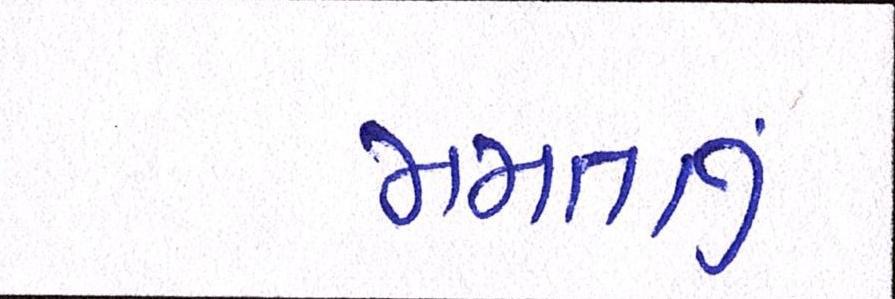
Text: મમતાનું